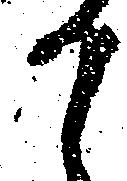
か